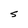
Character: S